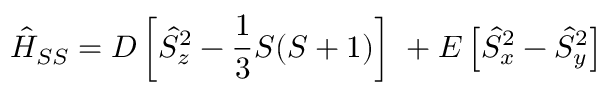
\hat { H } _ { S S } = D \left[ \hat { S } _ { z } ^ { 2 } - \frac { 1 } { 3 } S ( S + 1 ) \right] \ + E \left[ \hat { S } _ { x } ^ { 2 } - \hat { S } _ { y } ^ { 2 } \right]